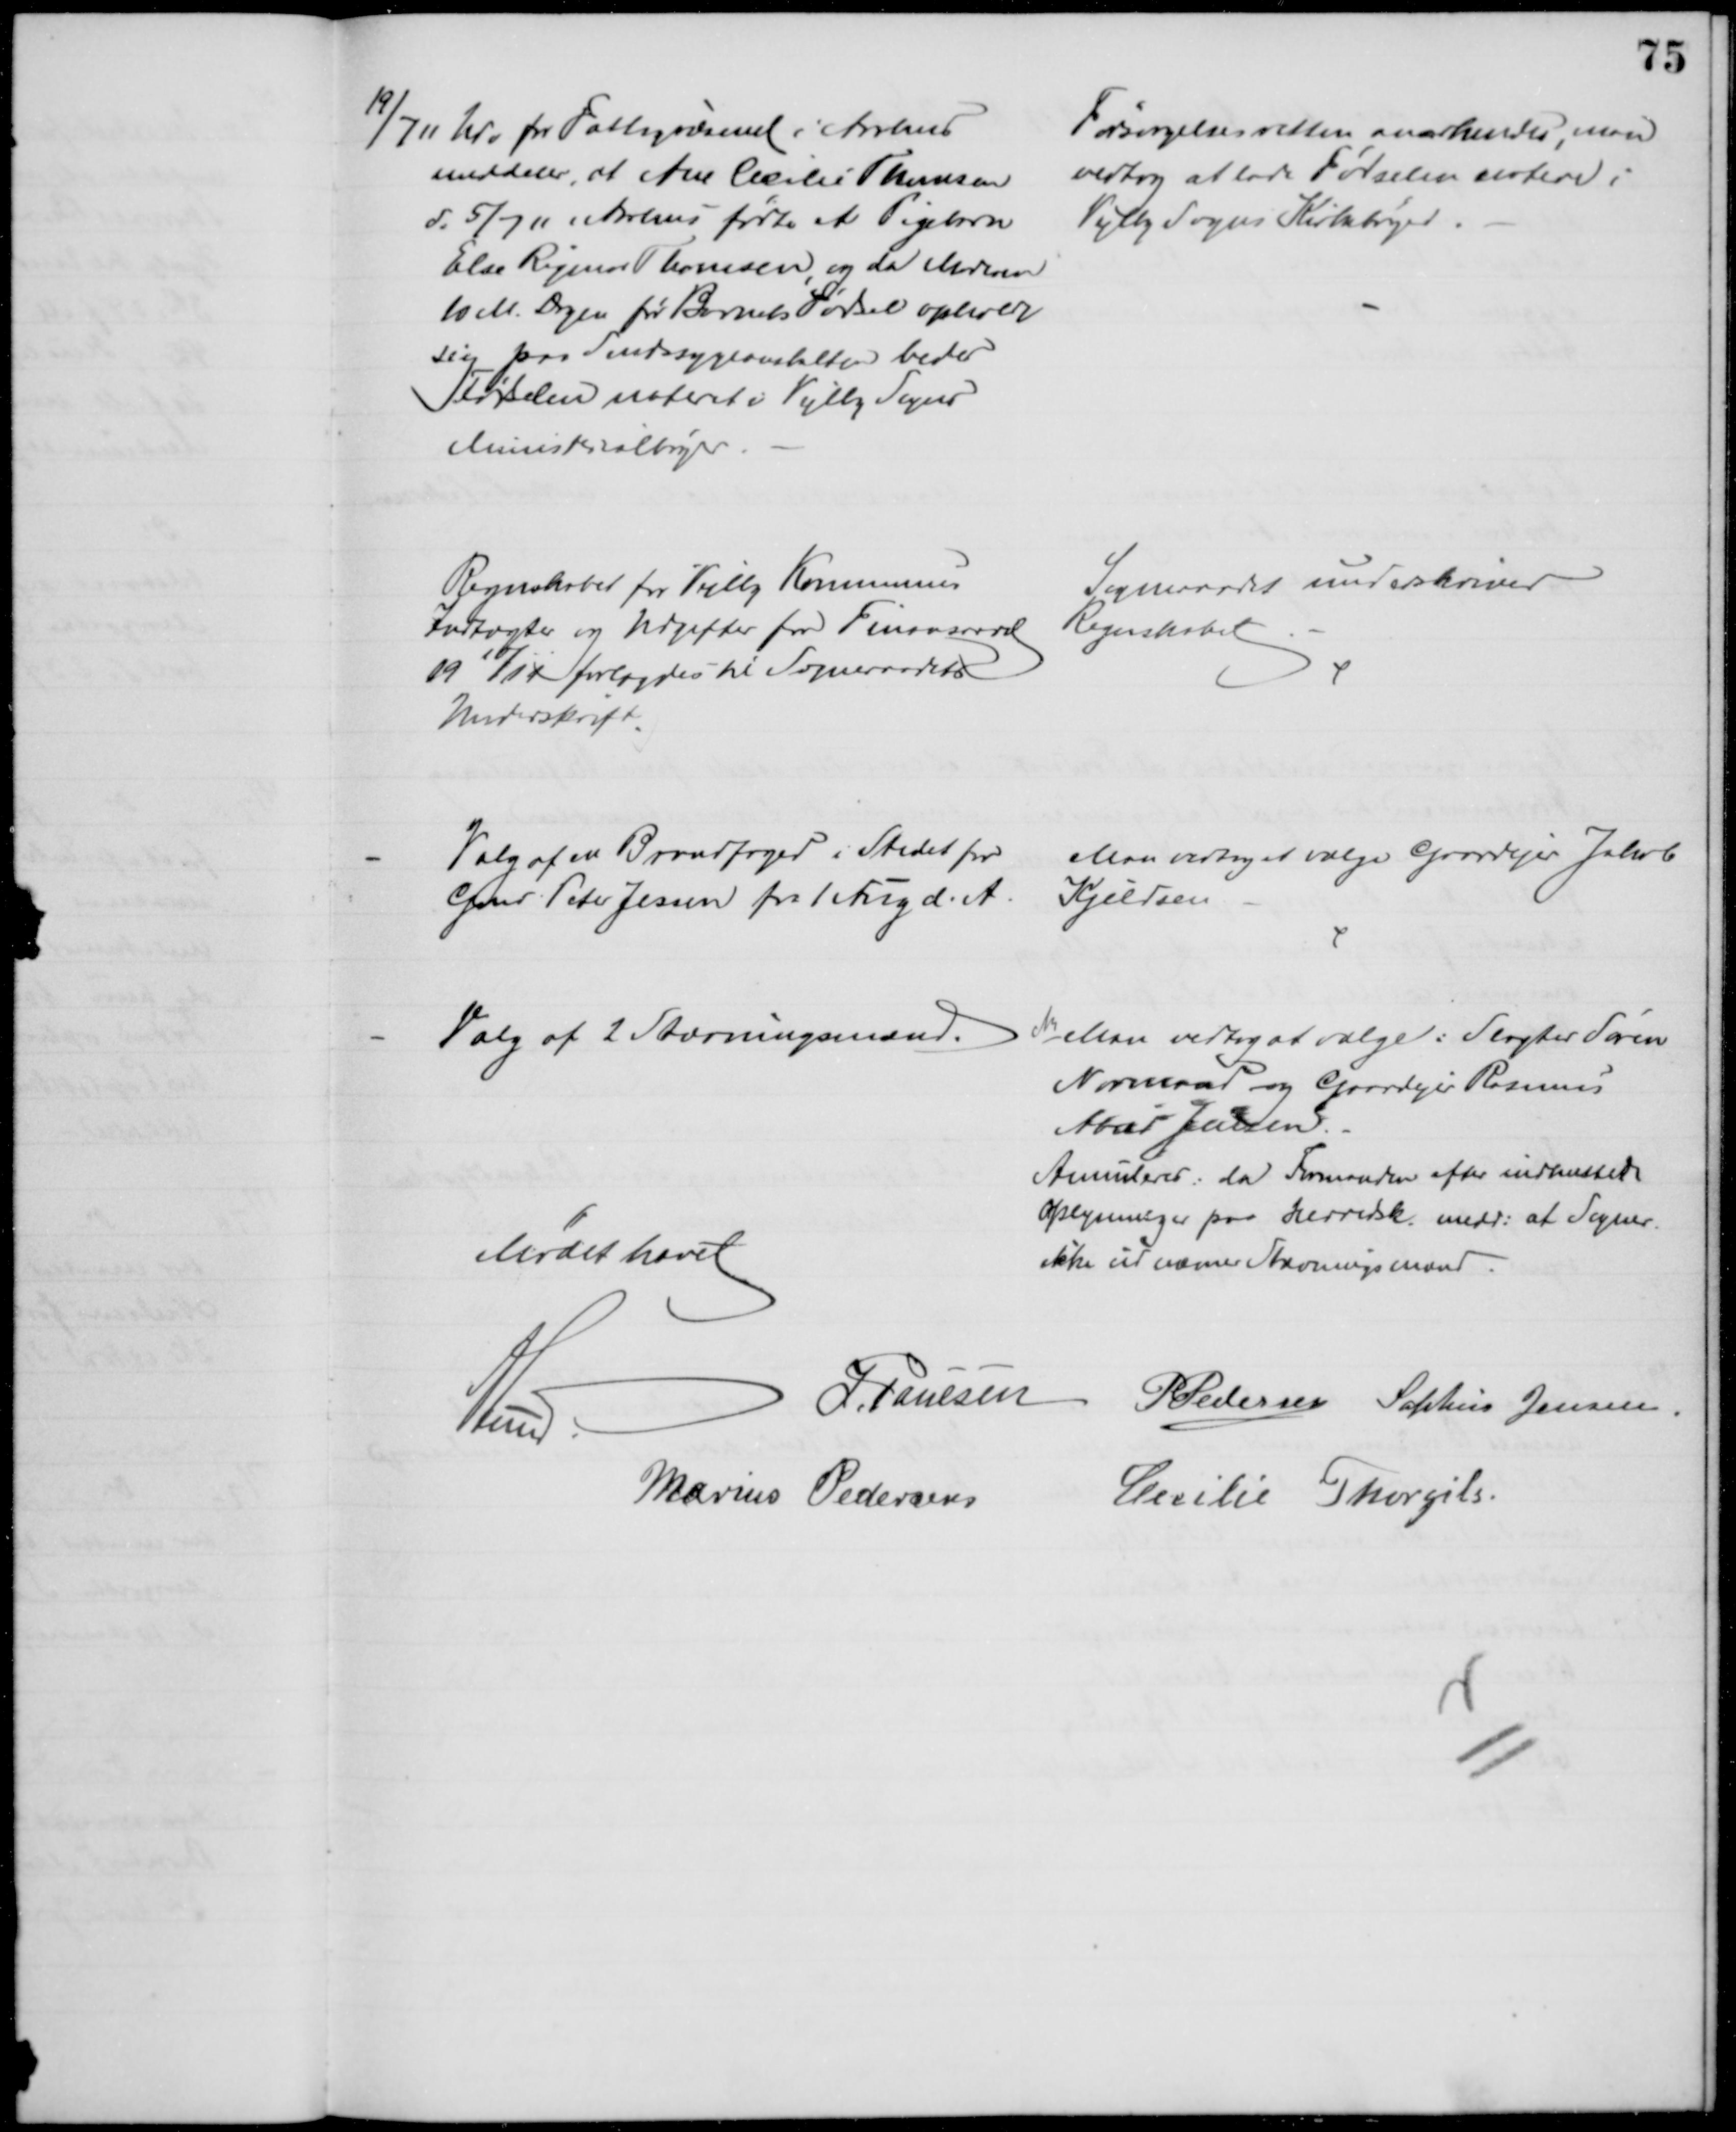
Transskription:
19/7 11 Udv for Fattigvæsenet i Aarhus
meddeler, at Ane Cecilie Thomsen
d. 5/7 11,  Aarhus fødte et Pigebarn
Else Rigmor Thomsen, og da Moderen
10 M. Dagen før Barnets Fødsel opholdt
sig paa Sindssygeanstalten bedes
Fødselen noteret i Vejlby Sogns
Ministerialbøger
Forsørgelsesretten anerkendes, man
vedtog at lade Fødselen notere i
Vejlby Sogns Kirkebøger
Regnskabet for Vejlby Kommunes
Indtægter og Udgifter for Finansaaret
1910/11 forelagdes til Sogneraadets
Underskrift
Sogneraadet underskriver
Regnskabet
Valg af en Brandfoged i Stedet for
Gmd Peter Jessen fra 1 Aug d. A.
Man vedtog at vælge Gaardejer Jakob
Kjeldsen
Valg af 2 Stævningsmænd.
Man vedtog at vælge: Slagter Søren
Normand og Gaardejer Rasmus
Abild Jensen.
Annuleres, da Formanden efter indhentede
Oplysninger paa Herredsk. medd: at Sogner.
ikke udnævner Stævningsmænd.
Mødet hævet
A Lund.
J. Poulsen P Pedersen Sophus Jensen
Marius Pedersen
Cecilie Thorgils.